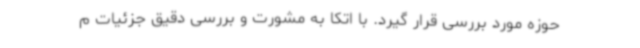
حوزه مورد بررسی قرار گیرد. با اتکا به مشورت و بررسی دقیق جزئیات م